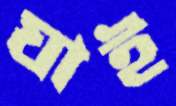
ঘাই